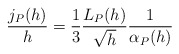
\begin{align*}\frac{j_P(h)}{h}=\frac{1}{3}\frac{L_P(h)}{\sqrt{h}}\frac{1}{\alpha_P(h)} \end{align*}